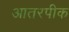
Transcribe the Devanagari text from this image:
आतरपीक